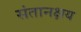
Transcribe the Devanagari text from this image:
संतानक्षय